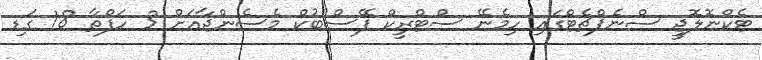
ޓެކްނޮލޮޖީ ސްނެޕްޗެޓްގައި ހިމެނޭ ސްޓްރީކް ފޭސްބުކް މެސެންޖާއަށް 3 ހަފްތާ 18 ގަޑި